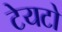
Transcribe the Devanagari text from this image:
टेयटो